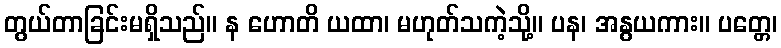
တွယ်တာခြင်းမရှိသည်။ န ဟောတိ ယထာ၊ မဟုတ်သကဲ့သို့။ ပန၊ အနွယကား။ ပတ္တေ၊